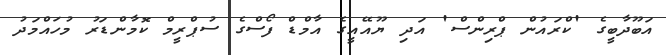
އަބޫދާބީގެ 'ކްރައުން ޕްރިންސް' އަދި ޔޫއޭއީގެ އާމްޑް ފޯސްގެ ސުޕްރީމް ކޮމާންޑަރު މުހައްމަދު